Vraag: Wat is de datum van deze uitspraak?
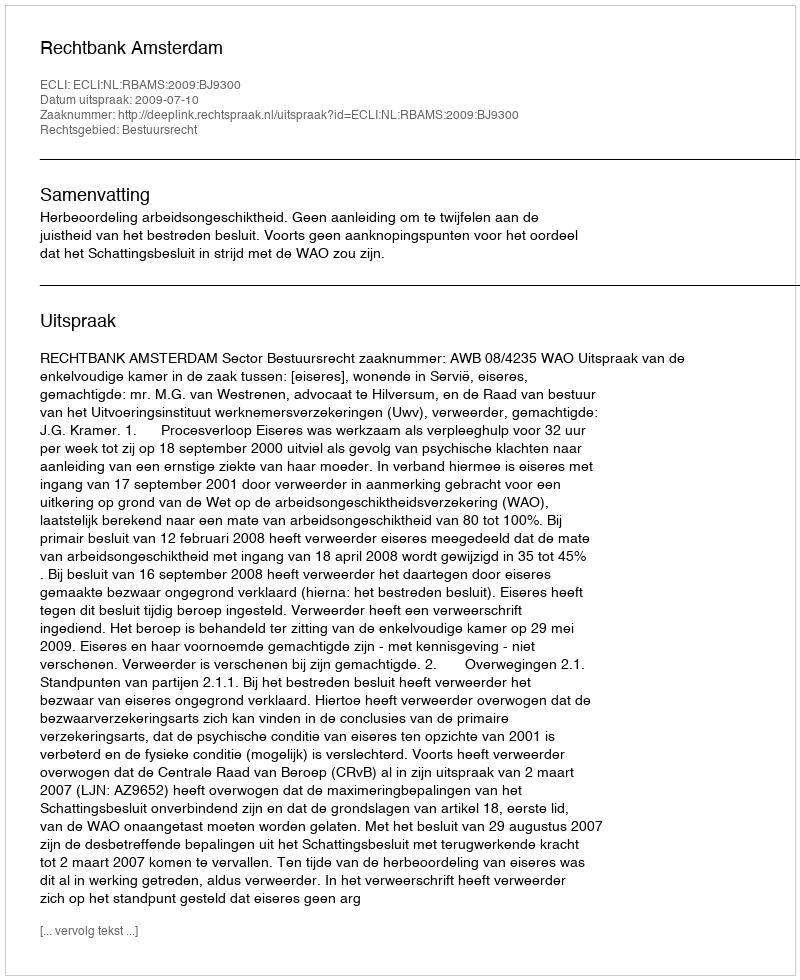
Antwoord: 2009-07-10